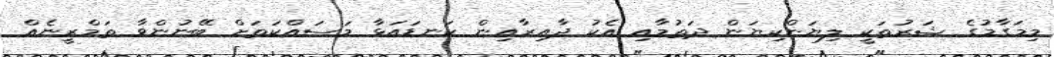
މިމަގާމުގެ ޝަރުތަކީ ލިޔަންކިޔަން ދަތުމާއި އެކު ދާއިރާއިން ކަނޑައަޅާ މަސައްކަތަށް ބޭނުންވާ ތަމްރީނެއް